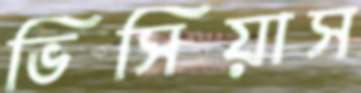
ভিসিয়াস